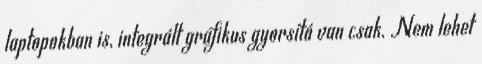
laptopokban is, integrált grafikus gyorsító van csak. Nem lehet